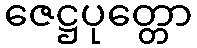
ဇေဋ္ဌပုတ္တော